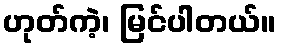
ဟုတ်ကဲ့၊ မြင်ပါတယ်။